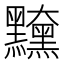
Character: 𪒻